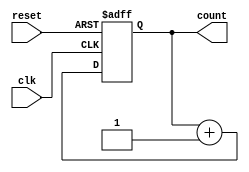
module binary_counter #(parameter N = 4) (
    input wire clk,          // Clock input
    input wire reset,        // Reset input
    output reg [N-1:0] count // N-bit output count
);

// Always block triggered on the rising edge of the clock or the reset signal
always @(posedge clk or posedge reset) begin
    if (reset) begin
        count <= 0; // Reset the count to 0
    end else begin
        count <= count + 1; // Increment the count
    end
end

endmodule